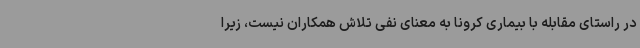
در راستای مقابله با بیماری کرونا به معنای نفی تلاش همکاران نیست، زیرا